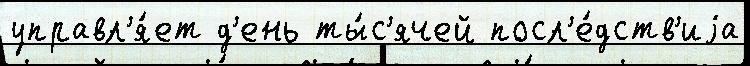
управл'я́ет д'ень ты́с'ячей посл'е́дств'иjа